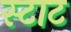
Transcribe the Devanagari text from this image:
स्टाट